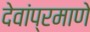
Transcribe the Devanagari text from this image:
देवांप्रमाणे